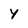
Character: Y